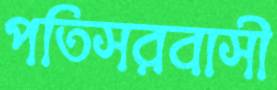
পতিসরবাসী